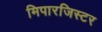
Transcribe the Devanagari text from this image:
मिपारजिस्टर